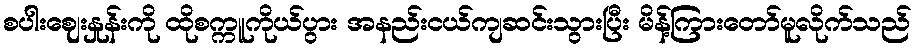
စပါးဈေးနှုန်းကို ထိုစက္ကူကိုယ်ပွား အနည်းငယ်ကျဆင်းသွားပြီး မိန့်ကြားတော်မူလိုက်သည်